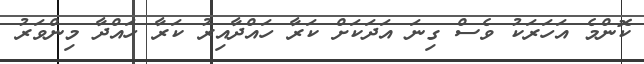
ކޮންމެ އަހަރަކު ވެސް ގިނަ އަދަކަށް ކަރާ ހައްދާއިރު ކަރާ ހައްދާ މިންވަރު